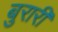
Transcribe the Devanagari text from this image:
बुरारी